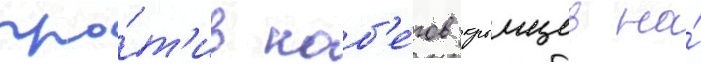
про́т'ив наб'е́гов крымцев на́